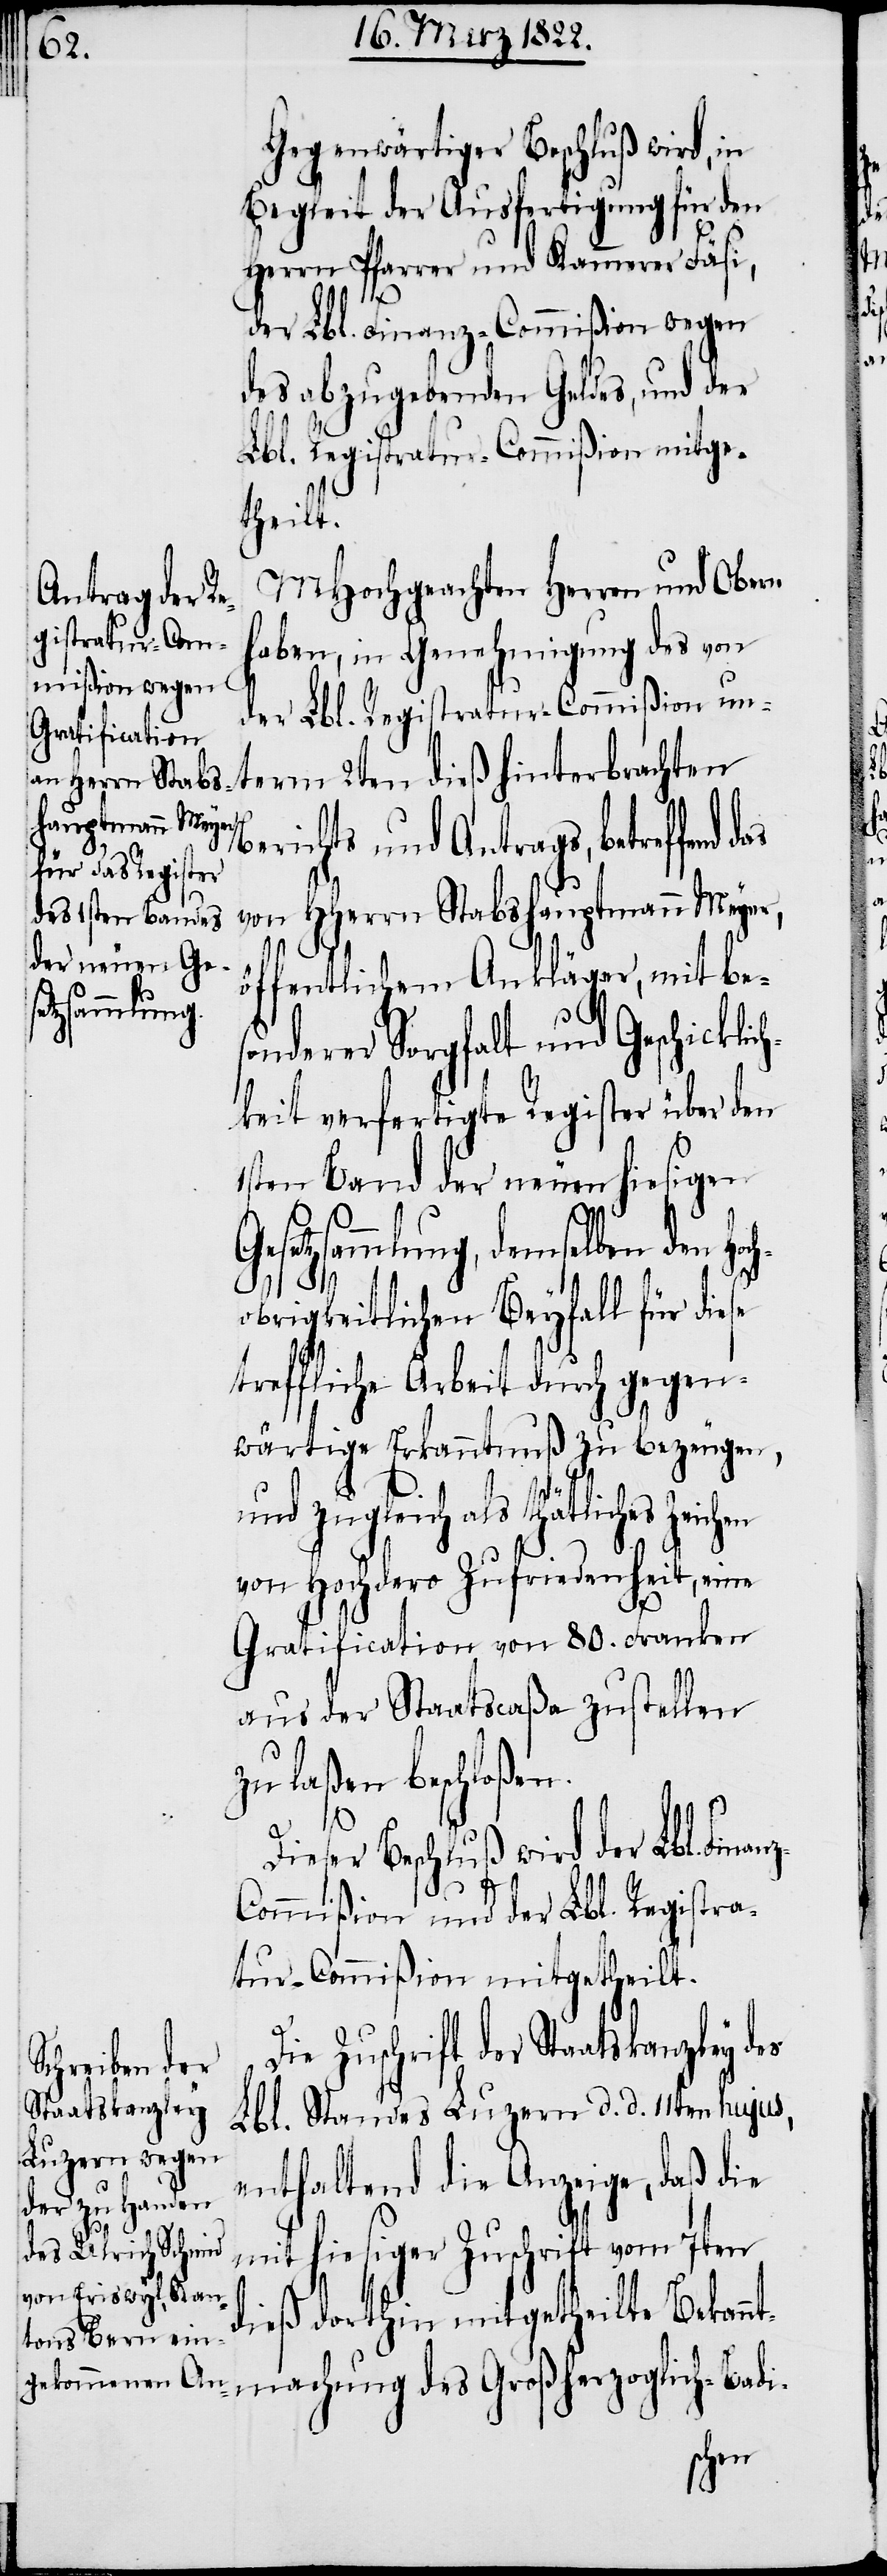
Gegenwärtiger Beschluß wird, in
Begleit der Ausfertigung für den
Herrn Pfarrer und Kammerer Fäsi,
der Lbl. Finanz-Commißion wegen
des abzugebenden Geldes, und der
Lbl. Registratur-Commißion mitge¬
theilt.
MHochgeachten Herrn und Obern
haben, in Genehmigung des von
der Lbl. Registratur-Commißion un¬
term 2ten dieß hinterbrachten
Berichts und Antrags, betreffend
von HHerrn Stabshauptmann Meyer
öffentlichem Ankläger, mit be¬
sonderer Sorgfalt und Geschicklic¬
hkeit verfertigte Register über den
1sten Band der neuen hiesigen
Gesetzsammlung, demselben den Ho¬
obrigkeitlichen Beyfall für diese
treffliche Arbeit durch gegen¬
wärtige Erkanntnuß zu bezeugen,
und zugleich als thätliches
von Hochdero Zufriedenheit, eine
Gratification von 80. Franken
aus der Staatscaßa zustellen
zu laßen beschloßen.
Dieser Beschluß wird der Lbl. Finan¬
des
Commißion und der Lbl. Registra¬
tur-Commißion mitgetheilt.
Staatskanzley
Lbl. Standes Luzern d. d. 11ten hujus,
enthaltend die Anzeige, daß die
mit hiesiger Zuschrift vom 7ten
dieß dorthin mitgetheilte Bekan¬
ntmachung des Großherzoglich-Badi-